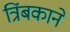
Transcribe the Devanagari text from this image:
त्रिंबकाने